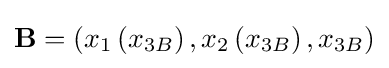
\mathbf {B} =\left(x_{1}\left(x_{3B}\right),x_{2}\left(x_{3B}\right),x_{3B}\right)